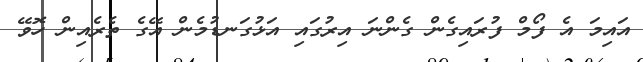
އައިމަ އެ ފޯމް ފުރައިގެން ގެންނަ އިރުގައި އަޅުގަނޑުމެން އޭގެ ތެރެއިން ހޮވޭ